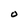
Character: 0